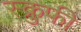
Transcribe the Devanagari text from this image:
स्क्रुफी